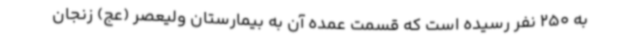
به 250 نفر رسیده است که قسمت عمده آن به بیمارستان ولیعصر (عج) زنجان